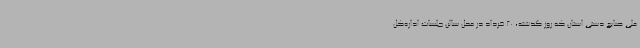
ملی صنایع دستی استان که روز گذشته، 20 خرداد در محل سالن جلسات اداره‌کل